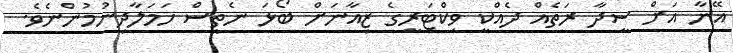
އޭނާ އަށް ސީދާ ރަތެއް ދެއްކީ ވިކްޓަރީގެ ޒިއާނަށް ބޯޅަ ނެތީސް ހަމަލާދިނުމުންނެވެ.